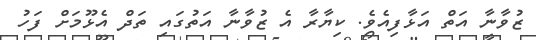
ޒުވާނާ އަތް އަޅާފިއެވެ. ކިޔާރާ އެ ޒުވާނާ އަތުގައި ތަދް އެޅޫމަށް ފަހު